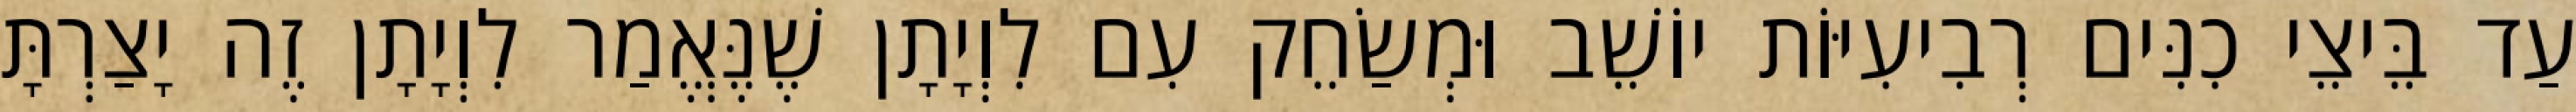
עַד בֵּיצֵי כִנִּים רְבִיעִיּוֹת יוֹשֵׁב וּמְשַׂחֵק עִם לִוְיָתָן שֶׁנֶּאֱמַר לִוְיָתָן זֶה יָצַרְתָּ